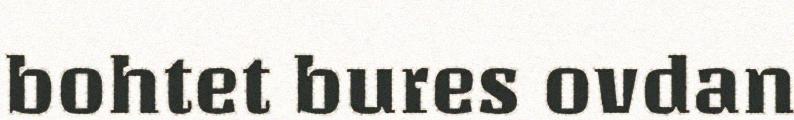
bohtet bures ovdan